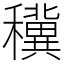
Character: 䆊